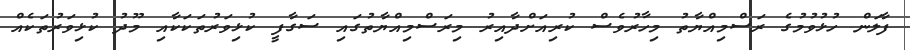
ފާލަން ހުޅުވުމުގެ ރަސްމިއްޔާތު މިހާރުވެސް ކުރިއަށްދާއިރު މިރަސްމިއްޔާތުގައި ސަގާފީ ކުޅިވަރުތަކަކާއި މޫދު ކުޅިވަރުތަކެއް